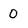
Character: 0